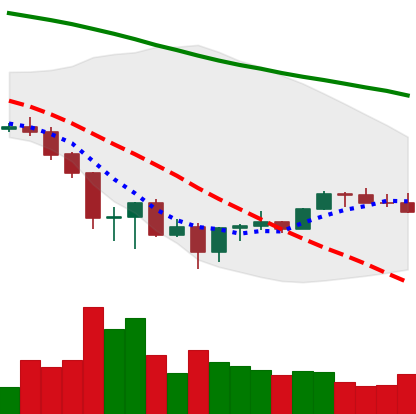
Ticker: BNB-USD
Chart end date: 2022-06-28
Forward return: -3.502%
Label: down_3_5